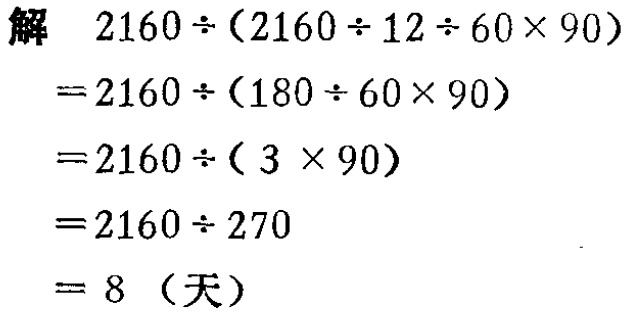
解 \(2160\div(2160\div12\div60\times90)\)
\(=2160\div(180\div60\times90)\)
\(=2160\div(3\times90)\)
\(=2160\div270\)
\(= 8\)（天）